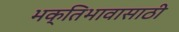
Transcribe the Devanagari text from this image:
भक्तिभावासाठी